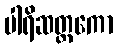
ပါရိဆတ္တကော